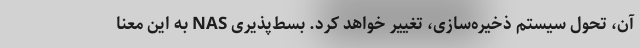
آن، تحول سیستم ذخیره‌سازی، تغییر خواهد کرد. بسط‌پذیری NAS به این معنا